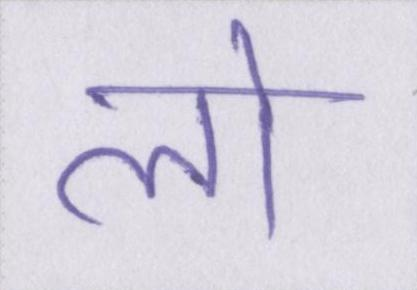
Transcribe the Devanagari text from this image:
लो